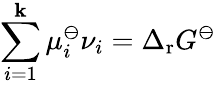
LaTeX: \sum_{i=1}^{\mathbf{k}}\mu_{i}^{\ominus}\nu_{i}=\Delta_{\mathrm{{r}}}G^{\ominus}